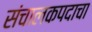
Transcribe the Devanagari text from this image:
संचालकपदाचा